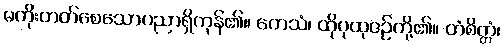
မတိုးတတ်စေသောပညာရှိကုန်၏။ တေသံ၊ ထိုပုထုဇဉ်တို့၏။ တံစိတ္တံ၊